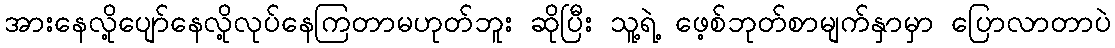
အားနေလို့ပျော်နေလို့လုပ်နေကြတာမဟုတ်ဘူး ဆိုပြီး သူ့ရဲ့ ဖေ့စ်ဘုတ်စာမျက်နှာမှာ ပြောလာတာပဲ